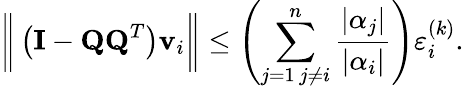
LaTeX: \bigg\| \left(\mathbf{I}-\mathbf{QQ}^{T}\right)\mathbf{v}_{i}\bigg\| \leq\left(\sum_{\substack{j=1\, j\neq i}}^{n}\frac{\vert\alpha_{j}\vert}{\vert\alpha_{i}\vert}\right)\varepsilon_{i}^{(k)}.